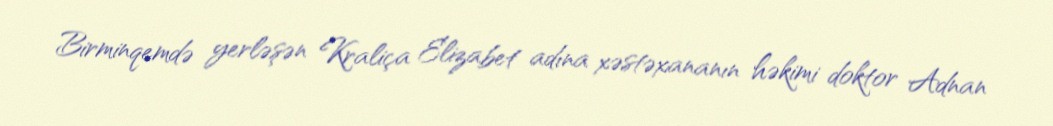
Birminqemdə yerləşən Kraliça Elizabet adına xəstəxananın həkimi doktor Adnan